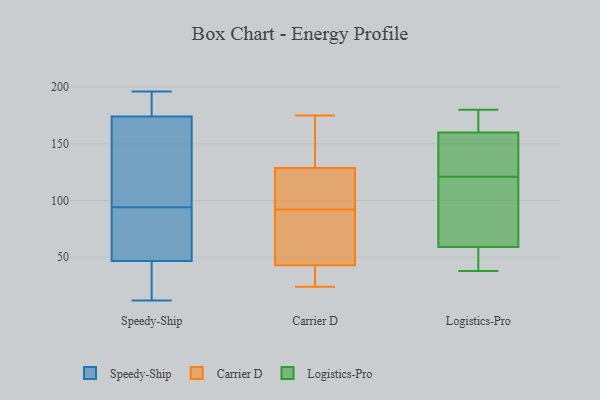
{"axis": {"x": "Backlog", "y": "Value"}, "legend": ["Carrier D", "Logistics-Pro", "Speedy-Ship"], "data": [{"x": "", "y": 117, "type": "Speedy-Ship"}, {"x": "", "y": 49, "type": "Speedy-Ship"}, {"x": "", "y": 46, "type": "Speedy-Ship"}, {"x": "", "y": 12, "type": "Speedy-Ship"}, {"x": "", "y": 28, "type": "Speedy-Ship"}, {"x": "", "y": 39, "type": "Speedy-Ship"}, {"x": "", "y": 76, "type": "Speedy-Ship"}, {"x": "", "y": 122, "type": "Speedy-Ship"}, {"x": "", "y": 177, "type": "Speedy-Ship"}, {"x": "", "y": 196, "type": "Speedy-Ship"}, {"x": "", "y": 94, "type": "Speedy-Ship"}, {"x": "", "y": 187, "type": "Speedy-Ship"}, {"x": "", "y": 165, "type": "Speedy-Ship"}, {"x": "", "y": 182, "type": "Speedy-Ship"}, {"x": "", "y": 88, "type": "Speedy-Ship"}, {"x": "", "y": 139, "type": "Carrier D"}, {"x": "", "y": 24, "type": "Carrier D"}, {"x": "", "y": 116, "type": "Carrier D"}, {"x": "", "y": 65, "type": "Carrier D"}, {"x": "", "y": 175, "type": "Carrier D"}, {"x": "", "y": 40, "type": "Carrier D"}, {"x": "", "y": 42, "type": "Carrier D"}, {"x": "", "y": 46, "type": "Carrier D"}, {"x": "", "y": 100, "type": "Carrier D"}, {"x": "", "y": 133, "type": "Carrier D"}, {"x": "", "y": 92, "type": "Carrier D"}, {"x": "", "y": 104, "type": "Logistics-Pro"}, {"x": "", "y": 160, "type": "Logistics-Pro"}, {"x": "", "y": 172, "type": "Logistics-Pro"}, {"x": "", "y": 149, "type": "Logistics-Pro"}, {"x": "", "y": 180, "type": "Logistics-Pro"}, {"x": "", "y": 54, "type": "Logistics-Pro"}, {"x": "", "y": 138, "type": "Logistics-Pro"}, {"x": "", "y": 98, "type": "Logistics-Pro"}, {"x": "", "y": 38, "type": "Logistics-Pro"}, {"x": "", "y": 59, "type": "Logistics-Pro"}]}